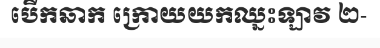
បើកឆាក ក្រោយយកឈ្នះឡាវ ២-